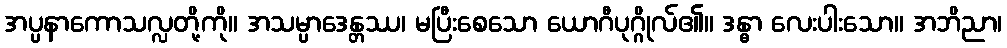
အပ္ပနာကောသလ္လတို့ကို။ အသမ္ပာဒေန္တဿ၊ မပြီးစေသော ယောဂီပုဂ္ဂိုလ်၏။ ဒန္ဓာ လေးပါးသော။ အဘိညာ၊